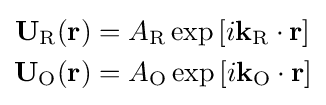
{\begin{aligned}\mathbf {U_{\text{R}}} (\mathbf {r} )&=A_{\text{R}}\exp \left[i\mathbf {k_{\text{R}}} \cdot \mathbf {r} \right]\\\mathbf {U_{\text{O}}} (\mathbf {r} )&=A_{\text{O}}\exp \left[i\mathbf {k_{\text{O}}} \cdot \mathbf {r} \right]\end{aligned}}